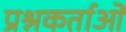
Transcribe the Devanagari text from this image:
प्रश्नकर्ताओं